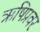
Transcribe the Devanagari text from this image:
ऋषिप्रवर